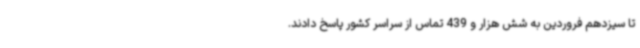
تا سیزدهم فروردین به شش هزار و 439 تماس از سراسر کشور پاسخ دادند.